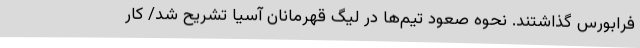
فرابورس گذاشتند. نحوه صعود تیم‌ها در لیگ قهرمانان آسیا تشریح شد/ کار